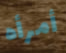
أمرأه